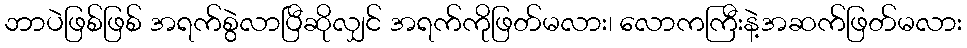
ဘာပဲဖြစ်ဖြစ် အရက်စွဲလာပြီဆိုလျှင် အရက်ကိုဖြတ်မလား၊ လောကကြီးနဲ့အဆက်ဖြတ်မလား